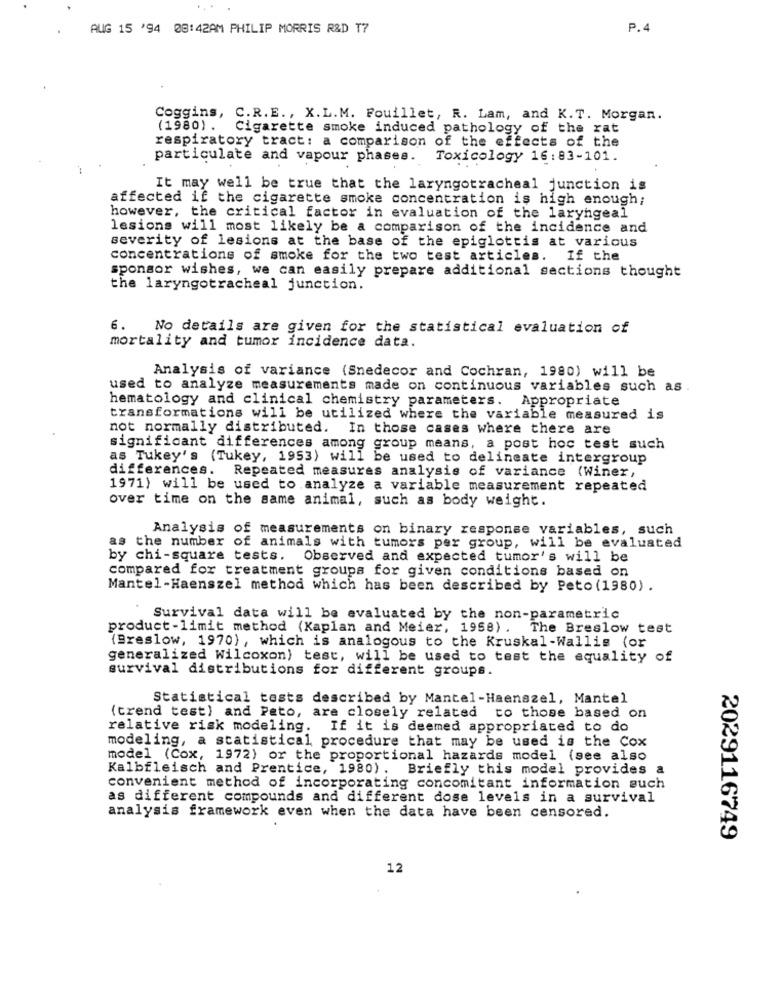
AUG 15 '94 08:42AM PHILIP MORRIS R&D T7
P.4
Coggins, C.R.E ., X.L.M. Fouillet, R. Lam, and K.T. Morgan.
(1980). Cigarette smoke induced pathology of the rat
respiratory tract: a comparison of the effects of the
particulate and vapour phases. Toxicology 16:83-101.
It may well be true that the laryngotracheal junction is
affected if the cigarette smoke concentration is high enough;
however, the critical factor in evaluation of the laryngeal
lesions will most likely be a comparison of the incidence and
severity of lesions at the base of the epiglottis at various
concentrations of smoke for the two test articles. If the
sponsor wishes, we can easily prepare additional sections thought
the laryngotracheal junction.
6. No details are given for the statistical evaluation of
mortality and tumor incidence data.
Analysis of variance (Snedecor and Cochran, 1980) will be
used to analyze measurements made on continuous variables such as
hematology and clinical chemistry parameters. Appropriate
transformations will be utilized where the variable measured is
not normally distributed.
In those cases where there are
significant differences among group means, a post hoc test such
as Tukey's (Tukey, 1953) will be used to delineate intergroup
differences. Repeated measures analysis of variance (Winer,
1971) will be used to analyze a variable measurement repeated
over time on the same animal, such as body weight.
Analysis of measurements on binary response variables, such
as the number of animals with tumors per group, will be evaluated
by chi-square tests.
Observed and expected tumor's will be
compared for treatment groups for given conditions based on
Mantel-Haenszel method which has been described by Peto (1980).
Survival data will be evaluated by the non-parametric
product -limit method (Kaplan and Meier, 1958) . The Breslow test
(Dreslow, 1970), which is analogous to the Kruskal-Wallis (or
generalized Wilcoxon) test, will be used to test the equality of
survival distributions for different groups.
Statistical tests described by Mantel-Haenszel, Mantel
(trend test) and Pato, are closely related to those based on
relative risk modeling. If it is deemed appropriated to do
modeling, a statistical procedure that may be used is the Cox
model (Cox, 1972) or the proportional hazards model (see also
Kalbfleisch and Prentice, 1980). Briefly this model provides a
convenient method of incorporating concomitant information such
as different compounds and different dose levels in a survival
analysis framework even when the data have been censored.
2029116749
12